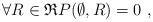
LaTeX: \begin{align*}\forall R \in \mathfrak{R} P(\emptyset, R) = 0 \ \mbox{,}\end{align*}